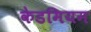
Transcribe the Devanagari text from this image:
केडमियम